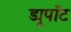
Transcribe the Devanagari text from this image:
ड्यूपाँट